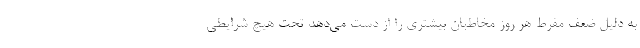
به دلیل ضعف مفرط هر روز مخاطبان بیشتری را از دست می‌دهد تحت هیچ شرایطی